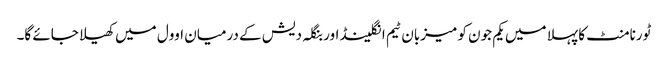
ٹورنامنٹ کا پہلا میں یکم جون کو میزبان ٹیم انگلینڈ اور بنگلہ دیش کے درمیان اوول میں کھیلا جائے گا۔